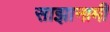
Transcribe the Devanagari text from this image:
साझानामी